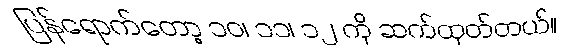
ပြန်ရောက်တော့ ၁၀၊ ၁၁၊ ၁၂ ကို ဆက်ထုတ်တယ်။